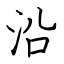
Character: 沿